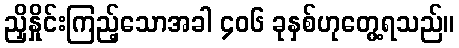
ညှိနှိုင်းကြည့်သောအခါ ၄၀၆ ခုနှစ်ဟုတွေ့ရသည်။